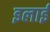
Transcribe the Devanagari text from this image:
इलाई